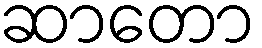
ဆာတော